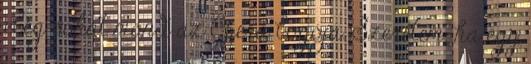
elég sokat mond az Opera logója. Szeretem, ha egy